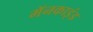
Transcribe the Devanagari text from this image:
मॅनकाइंड